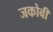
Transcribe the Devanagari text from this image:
जकोबी